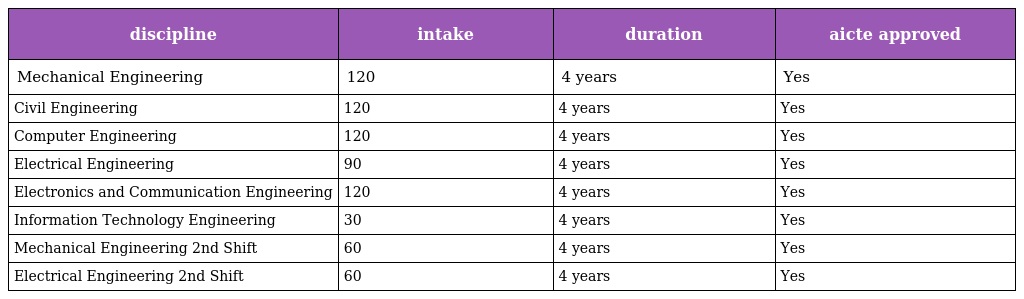
| discipline | intake | duration | aicte approved |
 | --- | --- | --- | --- |
 | Mechanical Engineering | 120 | 4 years | Yes |
 | Civil Engineering | 120 | 4 years | Yes |
 | Computer Engineering | 120 | 4 years | Yes |
 | Electrical Engineering | 90 | 4 years | Yes |
 | Electronics and Communication Engineering | 120 | 4 years | Yes |
 | Information Technology Engineering | 30 | 4 years | Yes |
 | Mechanical Engineering 2nd Shift | 60 | 4 years | Yes |
 | Electrical Engineering 2nd Shift | 60 | 4 years | Yes |